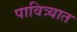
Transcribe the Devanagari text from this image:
पावित्र्यात